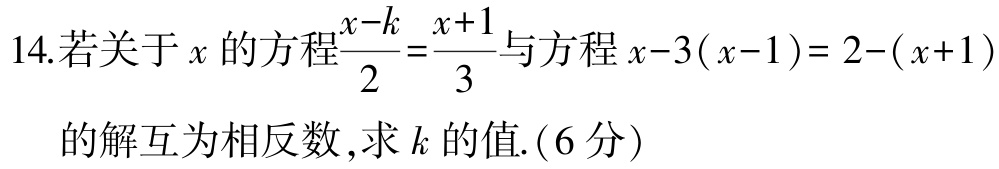
14.若关于\(x\)的方程\(\frac{x - k}{2}=\frac{x + 1}{3}\)与方程\(x - 3(x - 1)=2-(x + 1)\)的解互为相反数，求\(k\)的值.(6分)